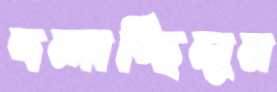
দলাচ্ছিলুম